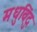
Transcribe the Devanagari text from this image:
मधुविंदु